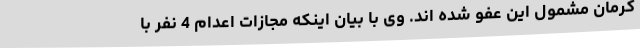
کرمان مشمول این عفو شده اند. وی با بیان اینکه مجازات اعدام 4 نفر با